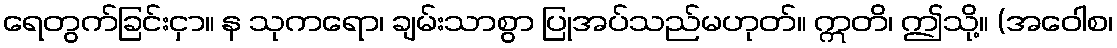
ရေတွက်ခြင်းငှာ။ န သုကရော၊ ချမ်းသာစွာ ပြုအပ်သည်မဟုတ်။ ဣတိ၊ ဤသို့။ (အဝေါစ၊